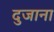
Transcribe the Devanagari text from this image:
दुजाना